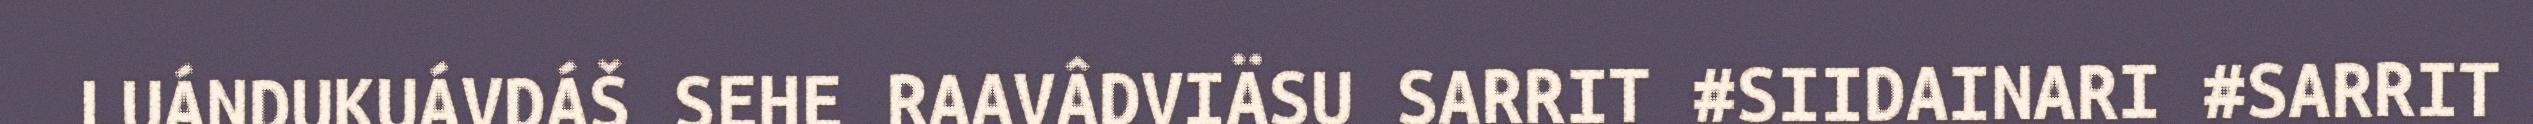
LUÁNDUKUÁVDÁŠ SEHE RAAVÂDVIÄSU SARRIT #SIIDAINARI #SARRIT